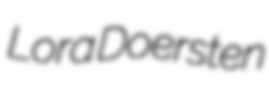
Lora Doersten